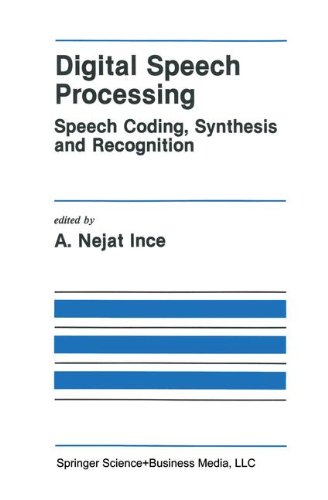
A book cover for Digital Speech Processing: Speech Coding, Synthesis and Recognition (The Springer International Series in Engineering and Computer Science); Computers & Technology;